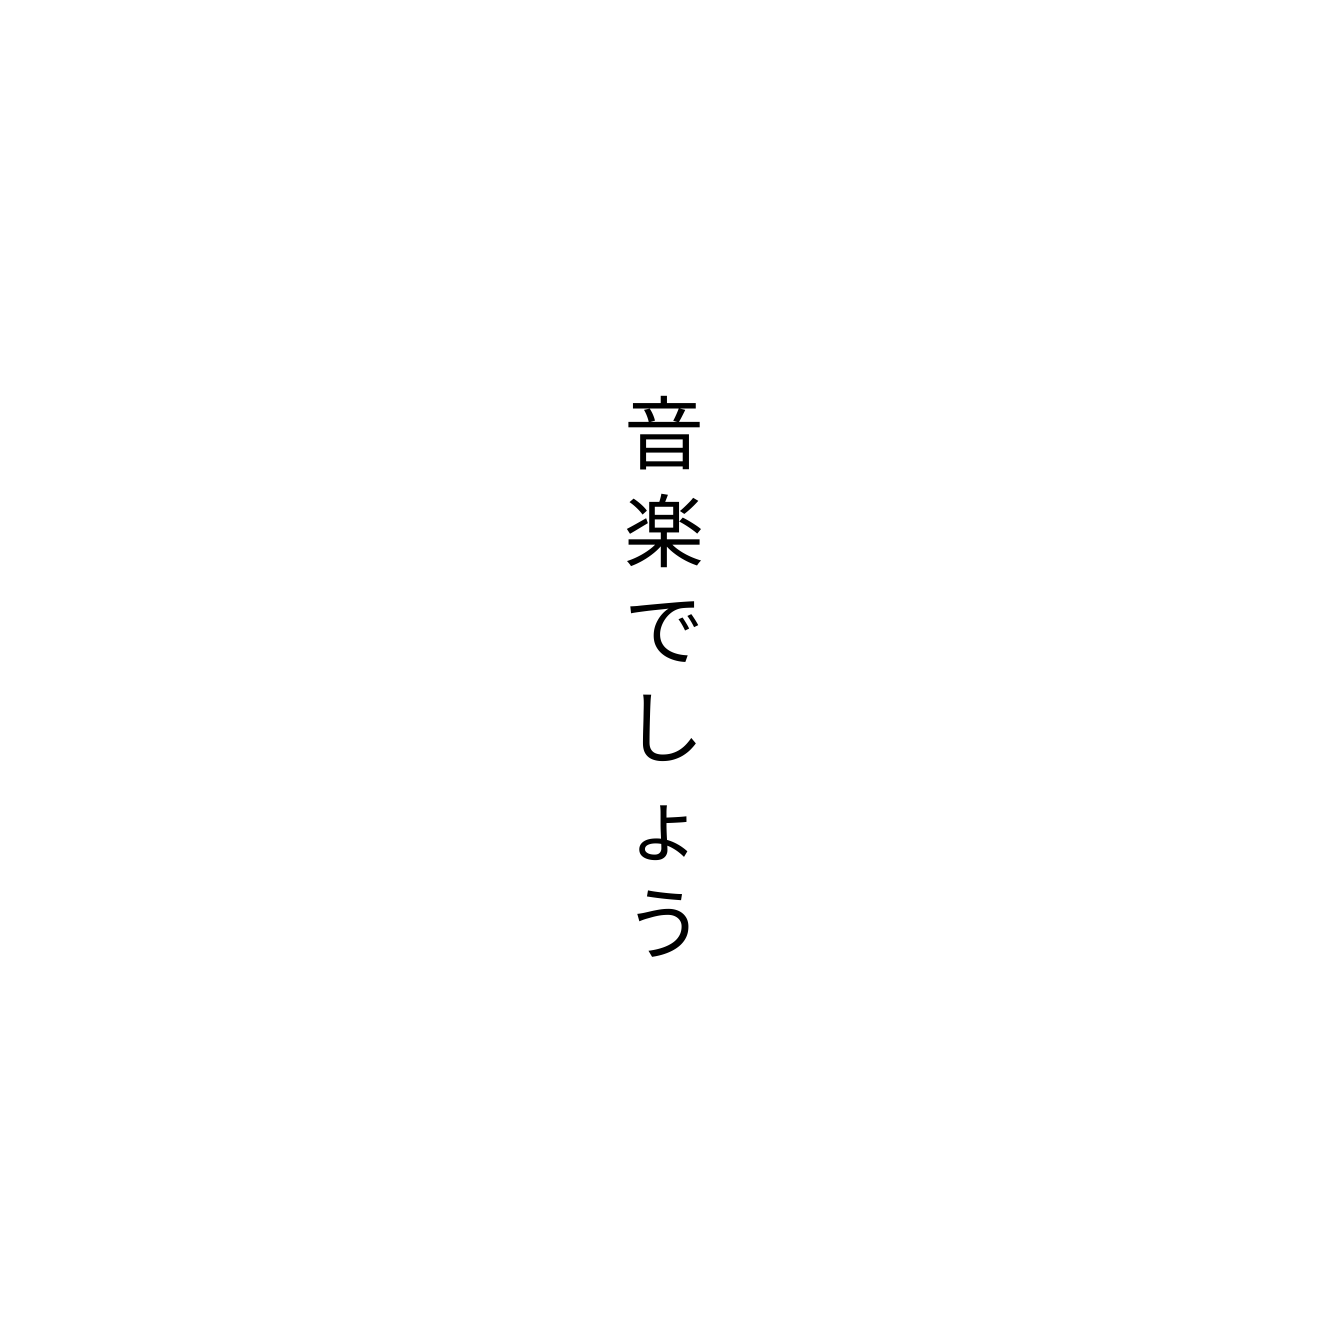
音楽でしょう